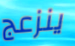
ينزعج